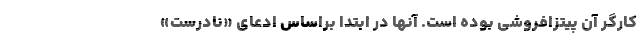
کارگر آن پیتزافروشی بوده است. آنها در ابتدا براساس ادعای «نادرست»